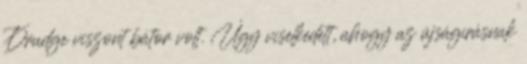
Drudge viszont bátor volt. Úgy viselkedett, ahogy az újságírásnak